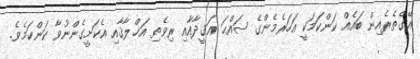
އޭގެތެރެއިން ބައެއް ކަންކަމަކީ އަހަރެމެންގެ ޞައްޙަ ޢަޤީދާއާއި ރިވެތި އަޚްލާޤާއި އެކަށީގެންނުވާ ކަންކަމެވެ.